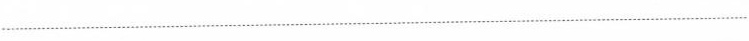
____________________________